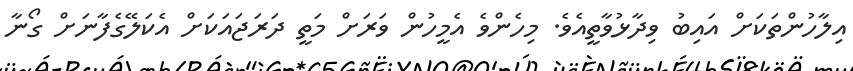
އިލާހުންތަކަށް އައިބު ވިދާޅުވާތީއެވެ. މިހެންވެ އެމީހުން ވަރަށް މަތީ ދަރަޖައަކަށް އެކަލޭގެފާނަށް ގޯނާ